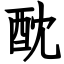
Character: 酖